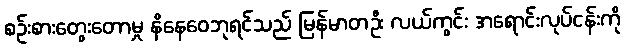
စဉ်းစားတွေးတောမှု နိနေဝေဘုရင်သည် မြန်မာတဦး လယ်ကွင်း အရောင်းလုပ်ငန်းကို